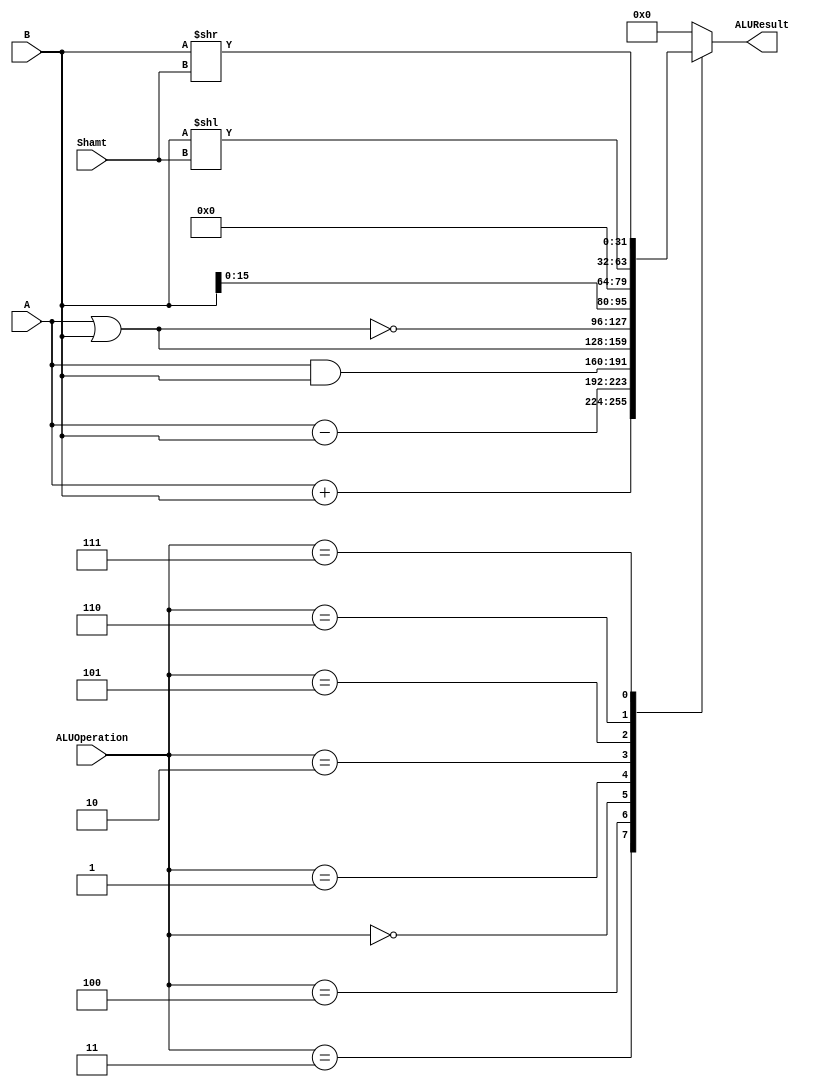
/******************************************************************
 * Description
 *  This is an 32-bit arithetic logic unit that can execute the next set of operations:
 *      add
 *      sub
 *      or
 *      and
 *      nor
 *      lui
 *      sll
 *      srl
 * This ALU is written by using behavioral description.
 * Version:
 *  1.0
 * Author:
 *  Alejandro Rios Jasso
 *  Javier Ochoa Pardo
 * email:
 *  is708932@iteso.mx
 *  is702811@iteso.mx
 * Date:
 *  05/04/2019
 ******************************************************************/

module ALU (input [3:0] ALUOperation,
            input [31:0] A,
            input [31:0] B,
            input [4:0] Shamt,
            output reg [31:0] ALUResult);

localparam AND = 4'b0000;
localparam OR  = 4'b0001;
localparam NOR = 4'b0010;
localparam ADD = 4'b0011;
localparam SUB = 4'b0100;
localparam LUI = 4'b0101;
localparam SLL = 4'b0110;
localparam SRL = 4'b0111;

always @ (A or B or Shamt or ALUOperation)
begin
    case (ALUOperation)
        ADD:    ALUResult = A + B;
        SUB:    ALUResult = A - B;
        AND:    ALUResult = A & B;
        OR:     ALUResult = A | B;
        NOR:    ALUResult = ~(A | B);
        LUI:    ALUResult = {B[15:0], 16'b0};
        SLL:    ALUResult = B << Shamt;
        SRL:    ALUResult = B >> Shamt;
        default:
        ALUResult = 0;
    endcase // case(control)
end // always @ (A or B or control)

endmodule // ALU